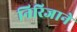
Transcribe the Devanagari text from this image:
निरिजाने